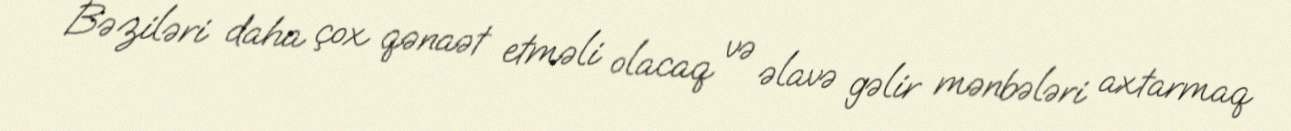
Bəziləri daha çox qənaət etməli olacaq və əlavə gəlir mənbələri axtarmaq